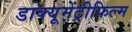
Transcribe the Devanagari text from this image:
डाक्यूमेंट्रीफिल्म